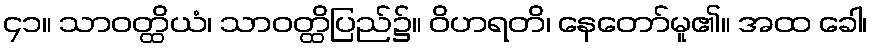
၄၁။ သာဝတ္ထိယံ၊ သာဝတ္ထိပြည်၌။ ဝိဟရတိ၊ နေတော်မူ၏။ အထ ခေါ၊